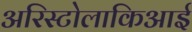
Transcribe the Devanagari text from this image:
अरिस्टोलाकिआई